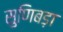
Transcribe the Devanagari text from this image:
सुणिबड़ा